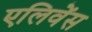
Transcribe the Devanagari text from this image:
एलिवेंस